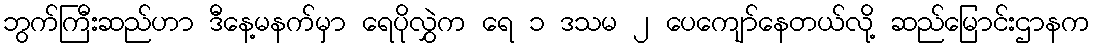
ဘွက်ကြီးဆည်ဟာ ဒီနေ့မနက်မှာ ရေပိုလွှဲက ရေ ၁ ဒသမ ၂ ပေကျော်နေတယ်လို့ ဆည်မြောင်းဌာနက